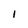
Character: l